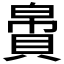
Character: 𬥝